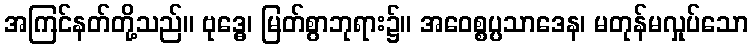
အကြင်နတ်တို့သည်။ ဗုဒ္ဓေ၊ မြတ်စွာဘုရား၌။ အဝေစ္စပ္ပသာဒေန၊ မတုန်မလှုပ်သော